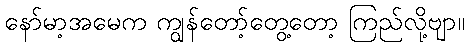
နော်မာ့အမေက ကျွန်တော့်တွေ့တော့ ကြည်လို့ဗျာ။